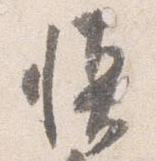
慎